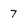
Character: 7